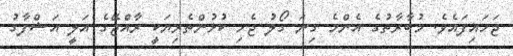
ޖަހައިފައެވެ. މުބާރާތުގެ އެންމެ ގިނަ ގޯލު ޖެހި ކުޅުންތެރިޔަކީ ރާއްޖޭގެ އަލީ އަޝްފާގު